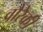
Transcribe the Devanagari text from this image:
वौरेकी